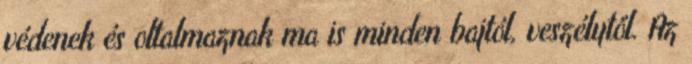
védenek és oltalmaznak ma is minden bajtól, veszélytől. Az